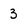
Character: 3